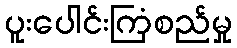
ပူးပေါင်းကြံစည်မှု